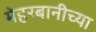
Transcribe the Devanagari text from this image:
मेहरबानीच्या